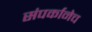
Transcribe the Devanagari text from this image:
संपर्कानेच